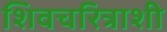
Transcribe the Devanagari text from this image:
शिवचरित्राशी